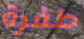
طفرة